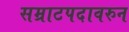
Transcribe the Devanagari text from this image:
सम्राटपदावरुन